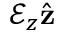
\mathcal { E } _ { z } \hat { \mathbf { z } }